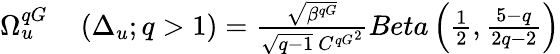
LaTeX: \begin{array}{rl}{\Omega_{u}^{qG}}&{{}\left(\Delta_{u};q>1\right)=\frac{\sqrt{\beta^{qG}}}{\sqrt{q-1}\ {C^{qG}}^{2}}Beta\left(\frac{1}{2},\frac{5-q}{2q-2}\right)}\end{array}